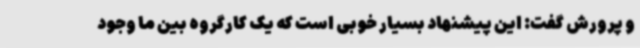
و پرورش گفت: این پیشنهاد بسیار خوبی است که یک کارگروه بین ما وجود